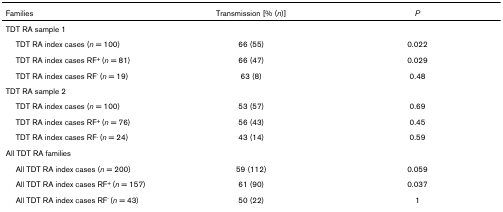
| Families | Transmission [% (n)] | P |
 | --- | --- | --- |
 | TDT RA sample 1 |  |  |
 | TDT RA index cases (n = 100) | 66 (55) | 0.022 |
 | TDT RA index cases RF+ (n = 81) | 66 (47) | 0.029 |
 | TDT RA index cases RF- (n = 19) | 63 (8) | 0.48 |
 | TDT RA sample 2 |  |  |
 | TDT RA index cases (n = 100) | 53 (57) | 0.69 |
 | TDT RA index cases RF+ (n = 76) | 56 (43) | 0.45 |
 | TDT RA index cases RF- (n = 24) | 43 (14) | 0.59 |
 | All TDT RA families |  |  |
 | All TDT RA index cases (n = 200) | 59 (112) | 0.059 |
 | All TDT RA index cases RF+ (n = 157) | 61 (90) | 0.037 |
 | All TDT RA index cases RF- (n = 43) | 50 (22) | 1 |